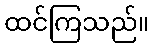
ထင်ကြသည်။